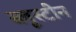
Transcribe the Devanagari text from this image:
ब्लूस्टीन